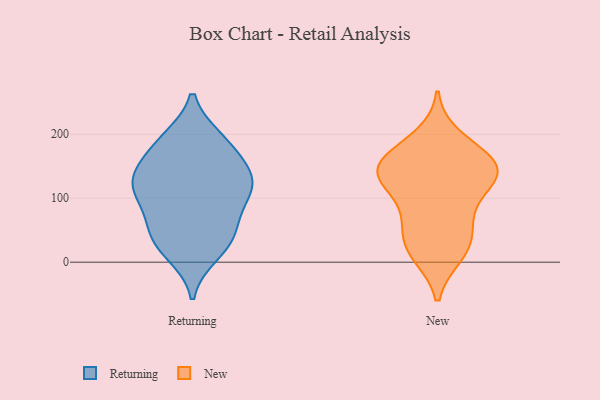
{"axis": {"x": "Budget (USD K)", "y": "Value"}, "legend": ["New", "Returning"], "data": [{"x": "", "y": 34, "type": "Returning"}, {"x": "", "y": 109, "type": "Returning"}, {"x": "", "y": 119, "type": "Returning"}, {"x": "", "y": 138, "type": "Returning"}, {"x": "", "y": 135, "type": "Returning"}, {"x": "", "y": 55, "type": "Returning"}, {"x": "", "y": 193, "type": "Returning"}, {"x": "", "y": 105, "type": "Returning"}, {"x": "", "y": 190, "type": "Returning"}, {"x": "", "y": 11, "type": "Returning"}, {"x": "", "y": 159, "type": "Returning"}, {"x": "", "y": 129, "type": "Returning"}, {"x": "", "y": 52, "type": "Returning"}, {"x": "", "y": 49, "type": "Returning"}, {"x": "", "y": 86, "type": "Returning"}, {"x": "", "y": 194, "type": "Returning"}, {"x": "", "y": 17, "type": "Returning"}, {"x": "", "y": 156, "type": "Returning"}, {"x": "", "y": 109, "type": "Returning"}, {"x": "", "y": 29, "type": "New"}, {"x": "", "y": 195, "type": "New"}, {"x": "", "y": 150, "type": "New"}, {"x": "", "y": 176, "type": "New"}, {"x": "", "y": 79, "type": "New"}, {"x": "", "y": 14, "type": "New"}, {"x": "", "y": 12, "type": "New"}, {"x": "", "y": 45, "type": "New"}, {"x": "", "y": 140, "type": "New"}, {"x": "", "y": 122, "type": "New"}, {"x": "", "y": 148, "type": "New"}, {"x": "", "y": 144, "type": "New"}, {"x": "", "y": 66, "type": "New"}, {"x": "", "y": 153, "type": "New"}, {"x": "", "y": 113, "type": "New"}, {"x": "", "y": 142, "type": "New"}]}